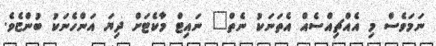
ނަމަވެސް މި އެއްޗިއްސެއް އެތަނަކު ނެތް" ނައިޓް މާކެޓަށް ދިޔަ އަންހެނަކު ބުންޏެވެ.